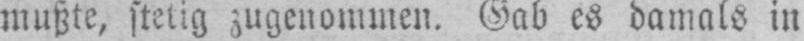
mußte, stetig zugenommen, Gab es damals in